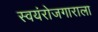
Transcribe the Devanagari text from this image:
स्वयंरोजगाराला